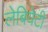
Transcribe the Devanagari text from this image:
लेबियेटी